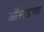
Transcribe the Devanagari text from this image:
ऑर्स्टेडच्या